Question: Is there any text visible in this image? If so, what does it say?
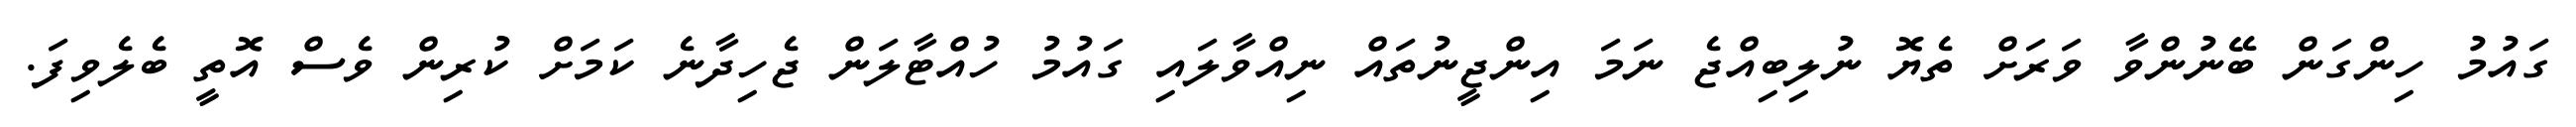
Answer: ގައުމު ހިންގަން ބޭނުންވާ ވަރަށް ތެޔޮ ނުލިބިއްޖެ ނަމަ އިންޖީނުތައް ނިއްވާލައި ގައުމު ހުއްޓާލަން ޖެހިދާނެ ކަމަށް ކުރިން ވެސް އޮތީ ބެލެވިފަ.